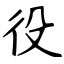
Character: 役